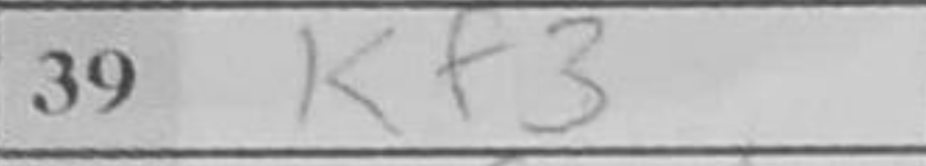
Transcription: Kf3